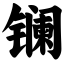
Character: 镧